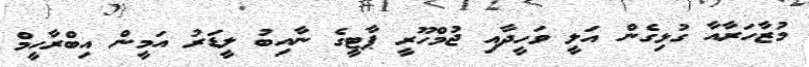
މުޒާހަރާއާ ގުޅިގެން އަލީ ވަހީދާއި ޖުމްހޫރީ ޕާޓީގެ ނާއިބު ލީޑަރު އަމީން އިބްރާހީމް